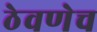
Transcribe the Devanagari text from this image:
ठेवणेच